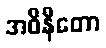
အဝိနီတော